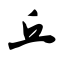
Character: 丘